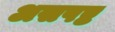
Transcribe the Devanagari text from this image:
असपष्ट